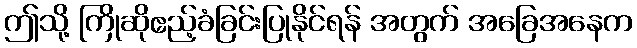
ဤသို့ ကြိုဆိုဧည့်ခံခြင်းပြုနိုင်ရန် အတွက် အခြေအနေက